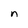
Character: n